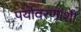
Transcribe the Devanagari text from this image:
पर्यावरणांशी